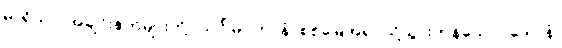
မာရိသာ၊ အချင်းနတ်များတို့။ သင်္ဂါမဂတာနံ၊ စစ်မြေအရပ်သို့သွားကုန်သော။ ဒေဝါနံ၊